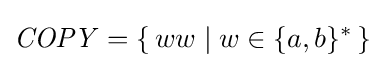
{\mathit {COPY}}=\{\,ww\mid w\in \{a,b\}^{*}\,\}